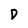
Character: D